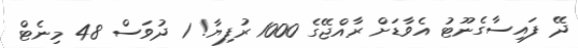
ދޭ ފައިސާގެނޫޓު އެވާޑަށް ރާއްޖޭގެ 1000 ރުފިޔާ! 1 ދުވަސް 48 މިނެޓް